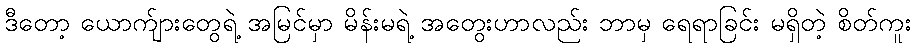
ဒီတော့ ယောက်ျားတွေရဲ့ အမြင်မှာ မိန်းမရဲ့ အတွေးဟာလည်း ဘာမှ ရေရာခြင်း မရှိတဲ့ စိတ်ကူး